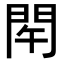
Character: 𨳰